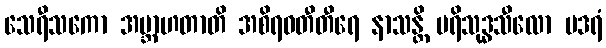
သေရီသကော အဗ္ဘာဟတာတိ အစိရဝတီတီရေ နာသန္တိ ပရိသုဒ္ဓသီလော ပဒရံ